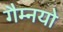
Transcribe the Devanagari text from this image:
गैम्नयो